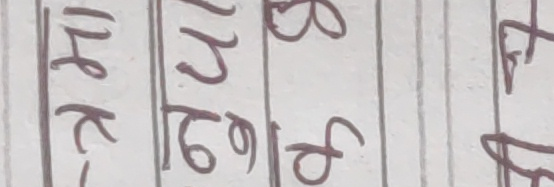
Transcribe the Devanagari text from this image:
१ हक- प २ ७ ९ ब फ त फ